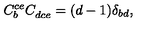
C _ { b } ^ { c e } C _ { d c e } ^ { \ } = ( d - 1 ) \delta _ { b d } ,